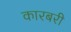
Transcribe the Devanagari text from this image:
कारबरी